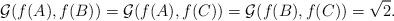
LaTeX: \begin{align*}\mathcal{G}(f(A),f(B))=\mathcal{G}(f(A),f(C))=\mathcal{G}(f(B),f(C))=\sqrt{2}.\end{align*}